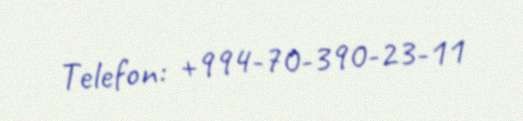
Telefon: +994-70-390-23-11